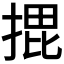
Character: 𭡨